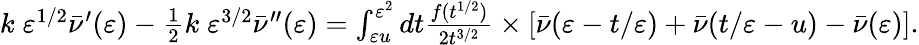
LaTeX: \begin{array}{r}{k\; \varepsilon^{1/2}\bar{\nu}^{\prime}(\varepsilon)-\frac{1}{2}k\; \varepsilon^{3/2}\bar{\nu}^{\prime\prime}(\varepsilon)=\int_{\varepsilon u}^{\varepsilon^{2}}dt\frac{f(t^{1/2})}{2t^{3/2}}\times\left[\bar{\nu}(\varepsilon-t/\varepsilon)+\bar{\nu}(t/\varepsilon-u)-\bar{\nu}(\varepsilon)\right].}\end{array}